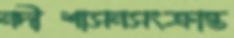
নদীশাসনসংক্রান্ত